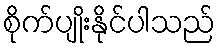
စိုက်ပျိုးနိုင်ပါသည်